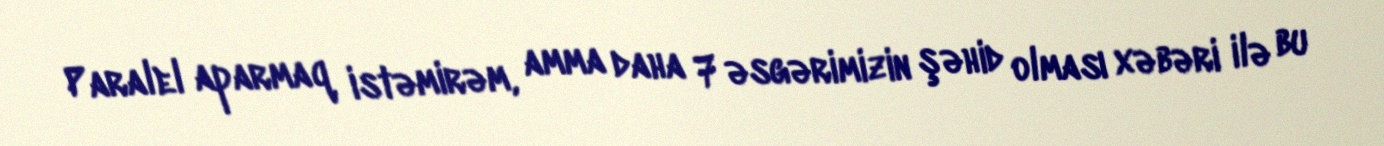
Paralel aparmaq istəmirəm, amma daha 7 əsgərimizin şəhid olması xəbəri ilə bu